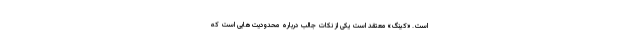
است. «کینگ» معتقد است یکی از نکات جالب درباره محدودیت‌هایی است که